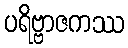
ပရိဗ္ဗာဇကဿ